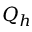
Q _ { h }